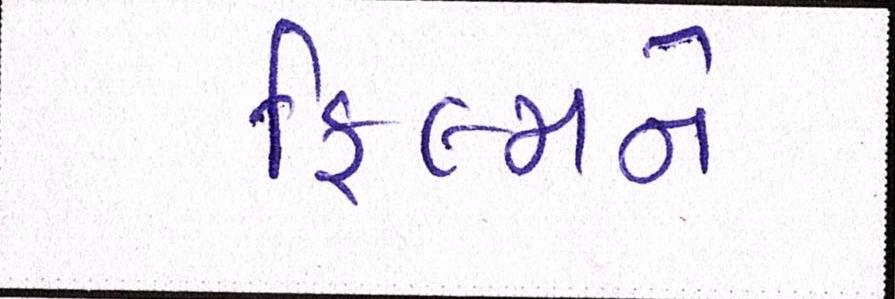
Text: ફિલ્મને